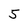
Character: 5